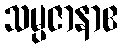
သမ္ပဇာနာဧ